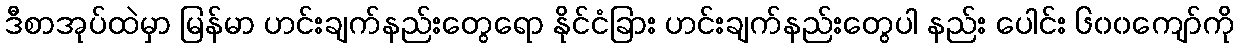
ဒီစာအုပ်ထဲမှာ မြန်မာ ဟင်းချက်နည်းတွေရော နိုင်ငံခြား ဟင်းချက်နည်းတွေပါ နည်း ပေါင်း ၆၀၀ကျော်ကို